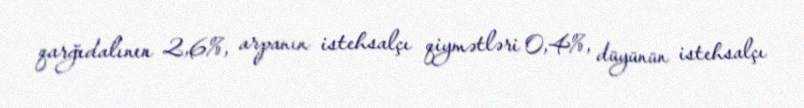
qarğıdalının 2,6%, arpanın istehsalçı qiymətləri 0,4%, düyünün istehsalçı